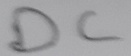
Text: DC